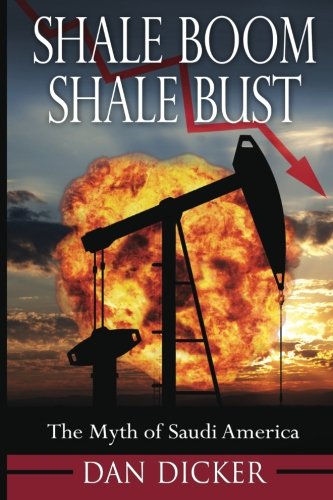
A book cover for Shale Boom, Shale Bust: The Myth of Saudi America; Dan Dicker; Business & Money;